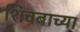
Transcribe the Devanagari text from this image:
शिवबाच्‍या